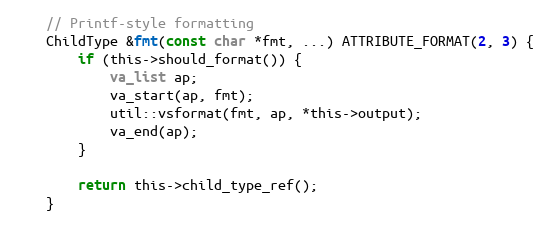
Language: C
	// Printf-style formatting
	ChildType &fmt(const char *fmt, ...) ATTRIBUTE_FORMAT(2, 3) {
		if (this->should_format()) {
			va_list ap;
			va_start(ap, fmt);
			util::vsformat(fmt, ap, *this->output);
			va_end(ap);
		}

		return this->child_type_ref();
	}